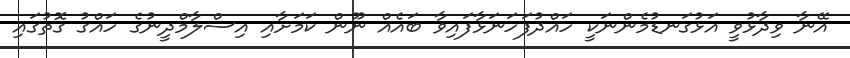
އޭނާ ވިދާޅުވީ އަޅުގަނޑުމެންނަކީ ހައްދުފަހަނަޅާފައިވާ ބައެއް ނޫން ކަމަށާއި އިސްލާމްދީނުގެ ހައްގު ގޮތުގައި